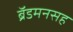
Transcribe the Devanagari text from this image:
ब्रॅडमनसह